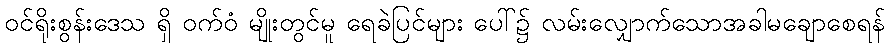
ဝင်ရိုးစွန်းဒေသ ရှိ ဝက်ဝံ မျိုးတွင်မူ ရေခဲပြင်များ ပေါ်၌ လမ်းလျှောက်သောအခါမချောစေရန်